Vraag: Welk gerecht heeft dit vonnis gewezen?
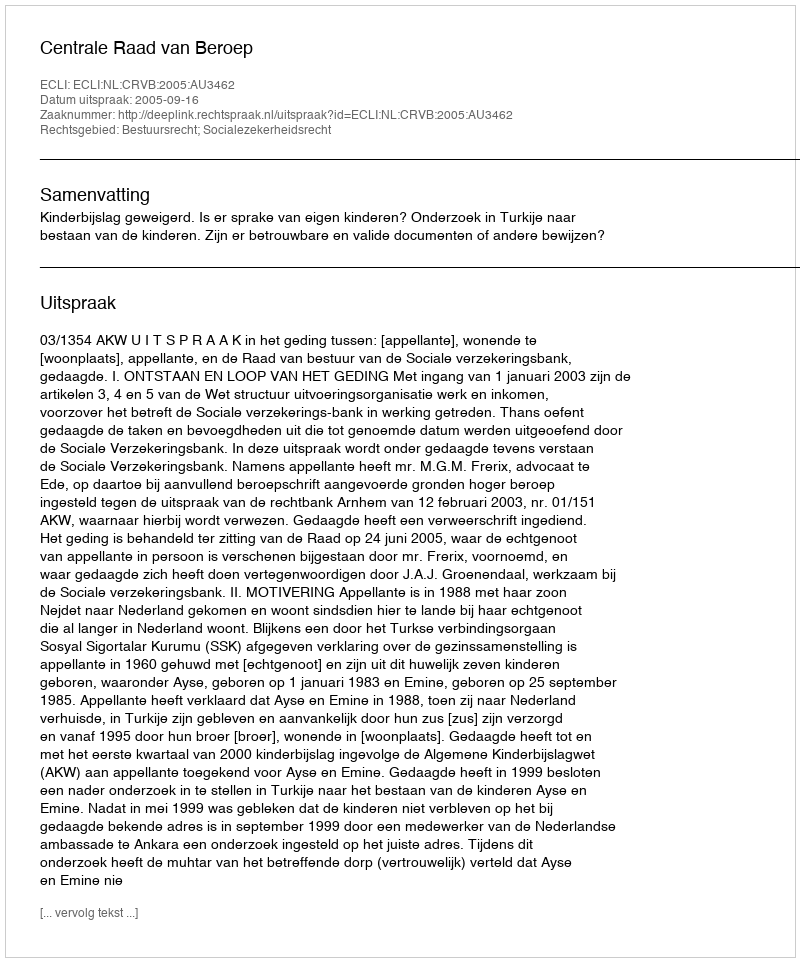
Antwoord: Centrale Raad van Beroep